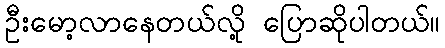
ဦးမော့လာနေတယ်လို့ ပြောဆိုပါတယ်။